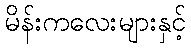
မိန်းကလေးများနှင့်